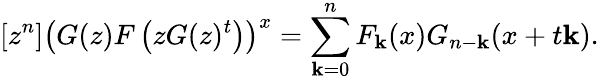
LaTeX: [z^{n}]\left(G(z)F\left(zG(z)^{t}\right)\right)^{x}=\sum_{\mathbf{k}=0}^{n}F_{\mathbf{k}}(x)G_{n-\mathbf{k}}(x+t\mathbf{k}).